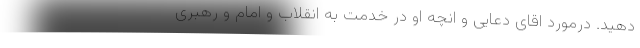
دهید. درمورد اقای دعایی و انچه او در خدمت به انقلاب و امام و رهبری